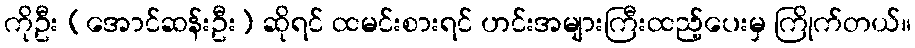
ကိုဦး (အောင်ဆန်းဦး) ဆိုရင် ထမင်းစားရင် ဟင်းအများကြီးထည့်ပေးမှ ကြိုက်တယ်။